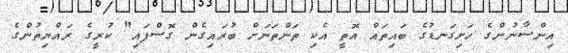
އިންސާނުންގެ ހަށިގަނޑުގެ ބައިތައް އޮތީ އެކި ތަންތަނަށް ބުރައިގެން ގޮސްފައި" ކުރީގެ ރައްޔިތުންގެ